Lunatic asylums United Provinces 1909-1921 - 1909-1921
Year: 1909
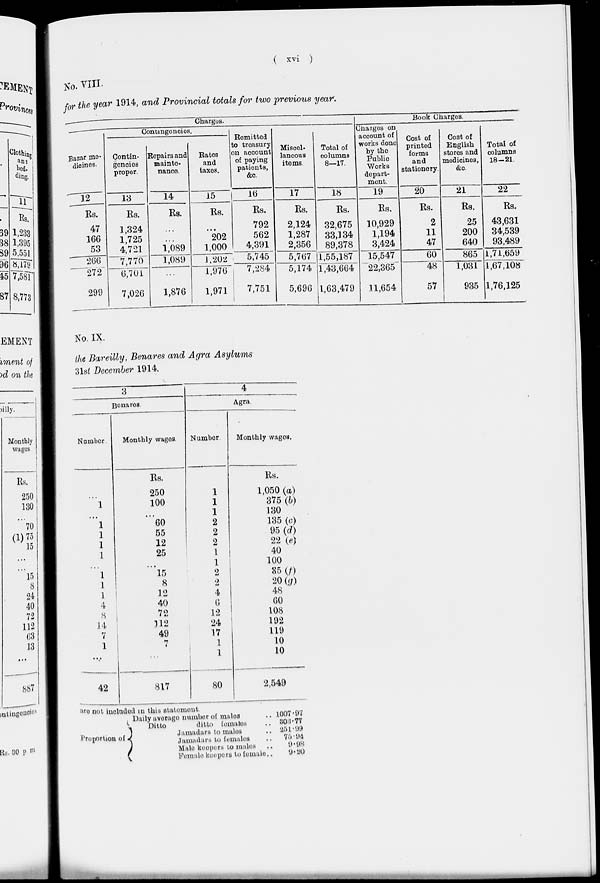
( xvi )
No. VIII.
for the year 1914, and Provincial totals for two previous year.
Charges.
Bazar me-
dicines.
12
Rs.
47
166
53
266
272
299
Contingencies.
Contin-
gencies
proper.
13
Rs.
1,324
1,725
4,721
7,770
6,701
7,026
Repairs and
mainte-
nance.
14
Rs.
...
...
1,089
1,089
...
1,876
Rates
and
taxes.
15
Rs.
...
202
1,000
1, 202
1,976
1,971
Remitted
to treasury
on account
of paying
patients,
&c.
16
Rs.
792
562
4,391
5,745
7,284
7,751
Miscel-
laneous
items.
17
Rs.
2,124
1,287
2,356
5,767
5,174
5,696
Total of
columns
8—17.
18
Rs.
32,675
33,134
89,378
1,55,187
1,43,664
1,63,479
Book Charges.
Charges on
account of
works done
by the
Public
Works
depart-
ment.
19
Rs.
10,929
1,194
3,424
15,547
22,365
11,654
Cost of
printed
forms
and
stationery.
20
Rs.
2
11
47
60
48
57
Cost of
English
stores and
medicines,
&c.
21
Rs.
25
200
640
865
1,031
935
Total of
columns
18-21.
22
Rs.
43,631
34,539
93,489
1,71,659
1,67,108
1,76,125
No. IX.
the Bareilly, Benares and Agra Asylums
31st December 1914.
3
Benares.
Number.
...
1
...
1
1
1
1
...
1
1
1
4
8
14
7
1
...
42
Monthly wages.
Rs.
250
100
...
60
55
12
25
...
15
8
12
40
72
112
49
7
...
817
4
Agra.
Number.
1
1
1
2
2
2
1
1
2
2
4
6
12
24
17
1
1
80
Monthly wages.
Rs.
1,050 (a)
375 (b)
130
135 (c)
95 (d)
22 (e)
40
100
85(f)
20 (g)
48
60
108
192
119
10
10
2,549
are not iucluded in this statement
Proportion of
Daily average number of males ...
Ditto
ditto females ...
Jamadars to males ...
Jamadars to females ...
Male keepers to males ...
Female keepers to female ...
1007.97
303.77
251.99
75.94
9.98
9.20